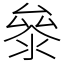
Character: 𭆤